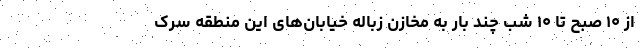
از ۱۰ صبح تا ۱۰ شب چند بار به مخازن زباله خیابان‌های این منطقه سرک